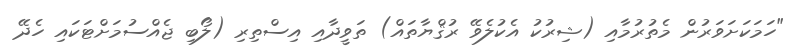
"ހަމަކަށަވަރުން މެތުރުމާއި (ޝިރުކު އެކުލެވޭ ރުޤްޔާތައް) ތަވީދާއި އިސްތިރި (ލޯބި ޖެއްސުމަށްޓަކައި ހެދޭ